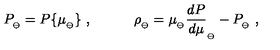
P _ { _ \ominus } = P \{ \mu _ { _ \ominus } \} \ , \qquad \quad \rho _ { _ \ominus } = \mu _ { _ \ominus } { \frac { d P } { d \mu } } _ { _ \ominus } - P _ { _ \ominus } \ ,